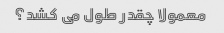
معمولا چقدر طول می کشد؟